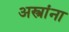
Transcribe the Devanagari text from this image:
अस्त्रांना